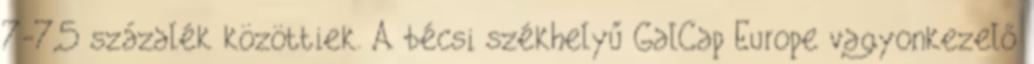
7-7,5 százalék közöttiek. A bécsi székhelyű GalCap Europe vagyonkezelő